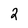
Character: 2